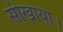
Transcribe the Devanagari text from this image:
सीखाया।